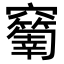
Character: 𥩅